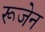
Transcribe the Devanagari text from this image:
रूजेन